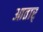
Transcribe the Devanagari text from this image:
आतार्